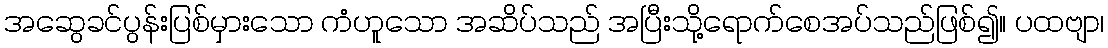
အဆွေခင်ပွန်းပြစ်မှားသော ကံဟူသော အဆိပ်သည် အပြီးသို့ရောက်စေအပ်သည်ဖြစ်၍။ ပထဗျာ၊